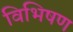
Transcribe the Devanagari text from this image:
विभिषण